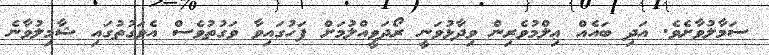
ސަމާލުވާށެވެ. އަދި ބައެއް ޢިލްމުވެރިން ވިދާޅުވަނީ ރޯދަވީއްލުމަށް ފަހުގައިވާ ވަގުތުވެސް އެވަގުތުގައި ޝާމިލުވާނެ